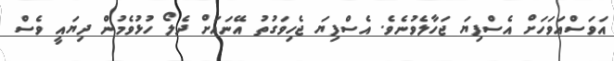
އަވަސްއަވަހަށް އެސްފިޔަ ޖަހާލެވުނެވެ. އެސްފިޔަ ޖެހިވަގުތު އޭނައަށް ދެލޯ ހުޅުވެމުން ދިޔައީ ވެސް